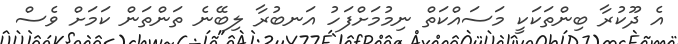
އެ ދޫކުރާ ބިންތަކަކީ މަސައްކަތް ނިމުމަށްފަހު އަނބުރާ ލިބޭނެ ތަންތަން ކަމަށް ވެސް